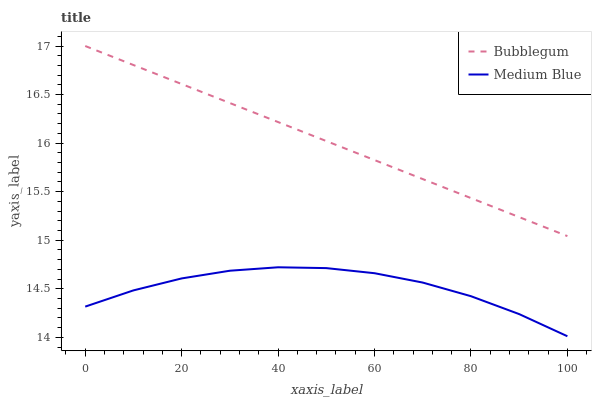
| xaxis_label | Bubblegum | Medium Blue |
 | --- | --- | --- |
 | 0 | 17 | 14.3 |
 | 10 | 16.8 | 14.5 |
 | 20 | 16.6 | 14.6 |
 | 30 | 16.4 | 14.7 |
 | 40 | 16.2 | 14.7 |
 | 50 | 16 | 14.7 |
 | 60 | 15.8 | 14.7 |
 | 70 | 15.6 | 14.6 |
 | 80 | 15.4 | 14.4 |
 | 90 | 15.2 | 14.2 |
 | 100 | 15 | 14 |